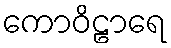
ကောဝိဠာရေ